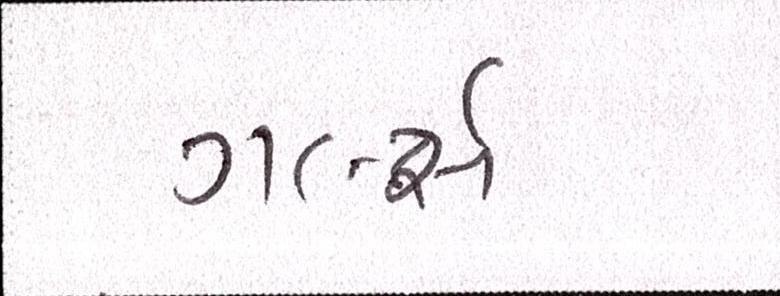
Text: ગર્લ્સ